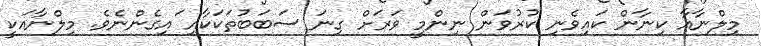
މިލްނާއާ ކިނާން ކައިވެނި ކުރުވަން ނިންމީ ވަރަށް ގިނަ ސަބަބުތަކަކާއި ައިގެންނެވެ. މިލްނާއަކީ